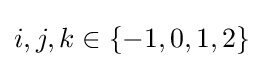
i,j,k\in \{-1,0,1,2\}